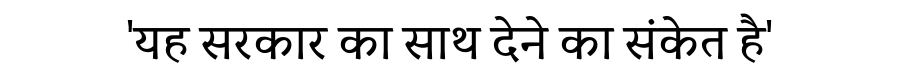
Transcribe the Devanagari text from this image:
'यह सरकार का साथ देने का संकेत है'